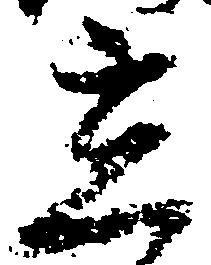
立